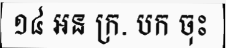
១៤ អន ក្រ. បក ចុះ